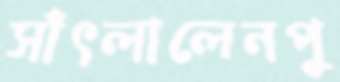
সাঁৎলালেনপু